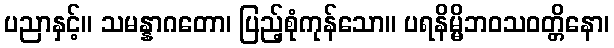
ပညာနှင့်။ သမန္နာဂတော၊ ပြည့်စုံကုန်သော။ ပရနိမ္မိဘဝသဝတ္တိနော၊